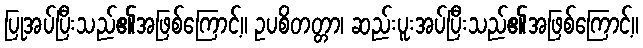
ပြုအပ်ပြီးသည်၏အဖြစ်ကြောင့်။ ဥပစိတတ္တာ၊ ဆည်းပူးအပ်ပြီးသည်၏အဖြစ်ကြောင့်။